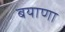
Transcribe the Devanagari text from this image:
बयाणा